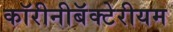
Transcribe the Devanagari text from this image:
कॉरीनीबॅक्टेरीयम